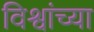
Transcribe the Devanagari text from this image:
विश्वांच्या